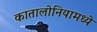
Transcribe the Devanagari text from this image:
कातालोनियामध्ये